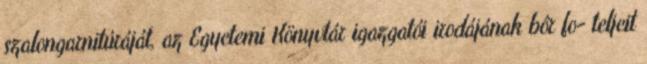
szalongarnitúráját, az Egyetemi Könyvtár igazgatói irodájának bôr fo- teljeit